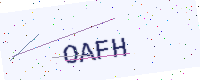
Text: OAFH